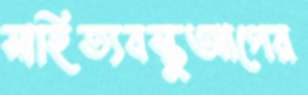
সাহিত্যবস্তুআগের